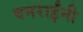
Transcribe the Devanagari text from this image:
वनराईंनी